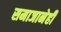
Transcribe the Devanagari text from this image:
समाजानेही